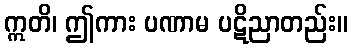
ဣတိ၊ ဤကား ပဏာမ ပဋိညာတည်း။